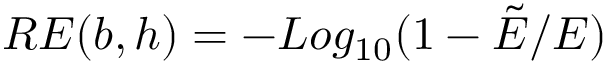
\begin{array} { r } { R E ( b , h ) = - L o g _ { 1 0 } ( 1 - \tilde { E } / E ) } \end{array}